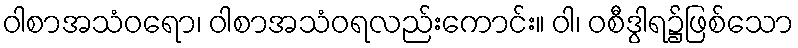
ဝါစာအသံဝရော၊ ဝါစာအသံဝရလည်းကောင်း။ ဝါ၊ ဝစီဒွါရ၌ဖြစ်သော